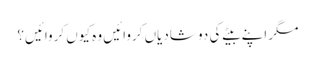
مگر اپنے بیٹے کی دو شادیاں کروائیں وہ کیوں کروائیں؟